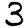
Digit: 3